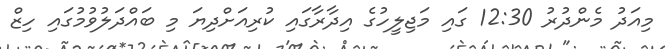
މިއަދު މެންދުރު 12:30 ގައި މަޖިލީހުގެ އިދާރާގައި ކުރިއަށްދިޔަ މި ބައްދަލުވުމުގައި ހިޒް